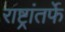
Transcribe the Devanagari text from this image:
राष्ट्रांतर्फे